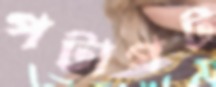
পটাপট